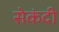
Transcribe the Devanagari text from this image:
सेकंदी